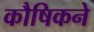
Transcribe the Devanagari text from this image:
कौषिकने